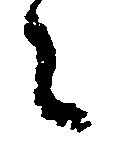
之